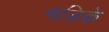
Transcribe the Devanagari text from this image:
मडिके